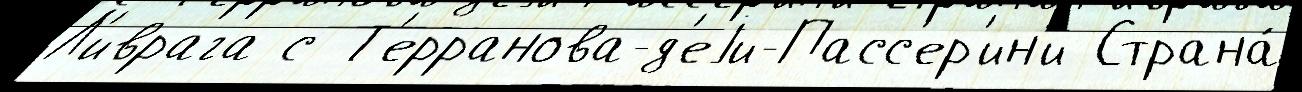
Л'иврага с Т'ерранова-д'еjи-Пасс'ер'ин'и Страна́